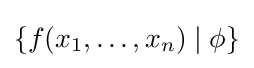
\{f(x_{1},\ldots ,x_{n})\mid \phi \}